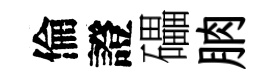
倫證礧朒